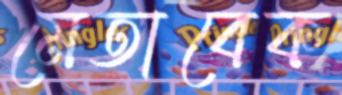
মেতাবেক